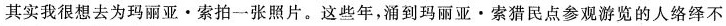
其实我很想去为玛丽亚·索拍一张照片。这些年，涌到玛丽亚·索猎民点参观游览的人络绎不